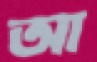
আ